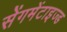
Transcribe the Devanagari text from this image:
सेंगमेंटाइज्ड